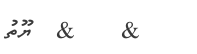
&    &  ޔޫތު